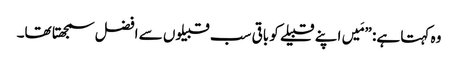
‏ وہ کہتا ہے:‏ ”‏مَیں اپنے قبیلے کو باقی سب قبیلوں سے افضل سمجھتا تھا۔